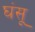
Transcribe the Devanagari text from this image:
घंसू